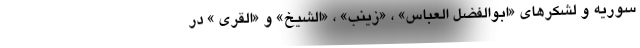
سوریه و لشکرهای «ابوالفضل العباس» ، «زینب» ، «الشیخ» و «القری » در